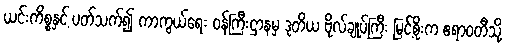
ယင်းကိစ္စနှင့် ပတ်သက်၍ ကာကွယ်ရေး ဝန်ကြီးဌာနမှ ဒုတိယ ဗိုလ်ချုပ်ကြီး မြင့်စိုးက ဧရာဝတီသို့